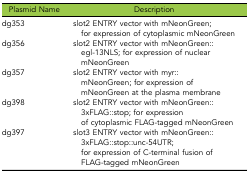
<table><thead><tr><td><b>Plasmid Name</b></td><td><b>Description</b></td></tr></thead><tbody><tr><td>dg353</td><td>slot2 ENTRY vector with mNeonGreen; for expression of cytoplasmic mNeonGreen</td></tr><tr><td>dg356</td><td>slot2 ENTRY vector with mNeonGreen::egl-13NLS; for expression of nuclear mNeonGreen</td></tr><tr><td>dg357</td><td>slot2 ENTRY vector with myr::mNeonGreen; for expression of mNeonGreen at the plasma membrane</td></tr><tr><td>dg398</td><td>slot2 ENTRY vector with mNeonGreen::3xFLAG::stop; for expression of cytoplasmic FLAG-tagged mNeonGreen</td></tr><tr><td>dg397</td><td>slot3 ENTRY vector with mNeonGreen::3xFLAG::stop::unc-54UTR; for expression of C-terminal fusion of FLAG-tagged mNeonGreen</td></tr></tbody></table>